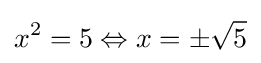
x^{2}=5\Leftrightarrow x=\pm {\sqrt {5}}